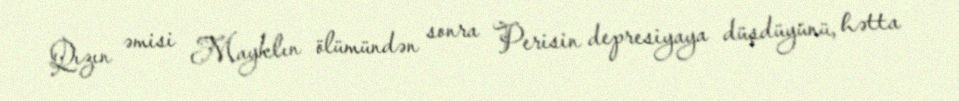
Qızın əmisi Mayklın ölümündən sonra Perisin depresiyaya düşdüyünü, hətta